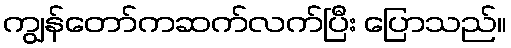
ကျွန်တော်ကဆက်လက်ပြီး ပြောသည်။